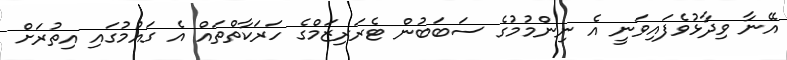
އޭނާ ވިދާޅުވެފައިވަނީ އެ ނިންމުމުގެ ސަބަބުން ޓެރަރިޒަމްގެ ހަރަކާތްތައް އެ ގައުމުގައި އިތުރަށް